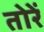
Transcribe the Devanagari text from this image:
तोरें